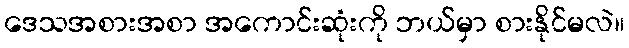
ဒေသအစားအစာ အကောင်းဆုံးကို ဘယ်မှာ စားနိုင်မလဲ။